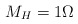
\begin{align*} M_H=1\Omega\end{align*}